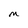
Character: M